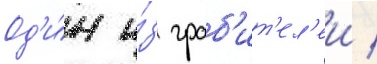
Од'и́н и́з граб'ит'ел'еи /